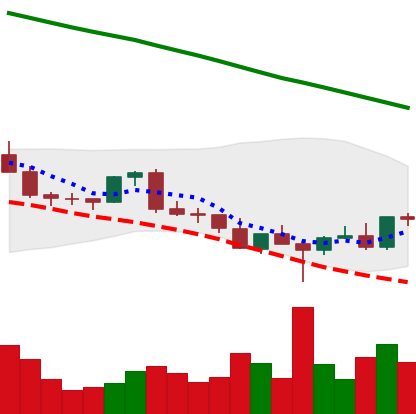
Ticker: EOS-USD
Chart end date: 2022-03-01
Forward return: -13.363%
Label: down_7plus